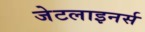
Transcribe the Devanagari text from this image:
जेटलाइनर्स